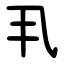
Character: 丮